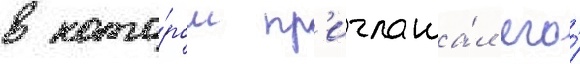
в кото́ром пр'иглаша́л его́